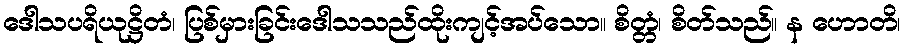
ဒေါသပရိယုဋ္ဌိတံ၊ ပြစ်မှားခြင်းဒေါသသည်ထိုးကျင့်အပ်သော။ စိတ္တံ၊ စိတ်သည်။ န ဟောတိ၊